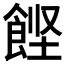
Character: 𲋙